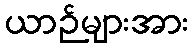
ယာဉ်များအား